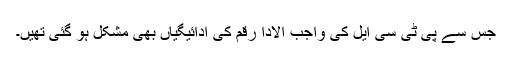
جس سے پی ٹی سی ایل کی واجب الادا رقم کی ادائیگیاں بھی مشکل ہو گئی تھیں۔